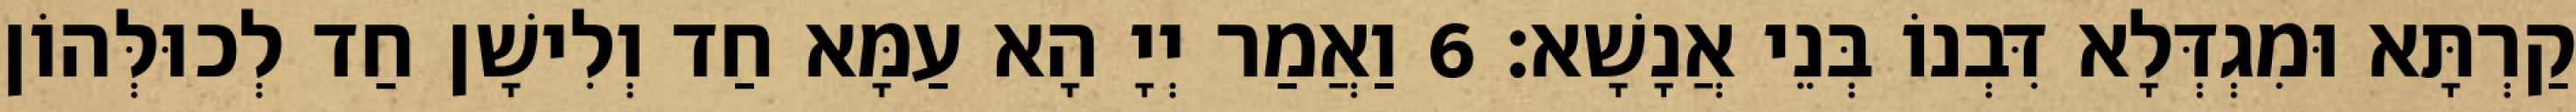
קַרְתָּא וּמִגְדְּלָא דִּבְנוֹ בְּנֵי אֲנָשָׁא׃ 6 וַאֲמַר יְיָ הָא עַמָּא חַד וְלִישָׁן חַד לְכוּלְּהוֹן